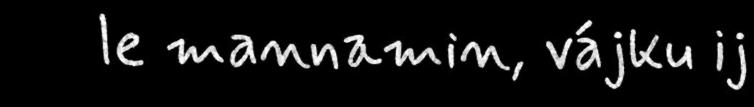
le mannamin, vájku ij